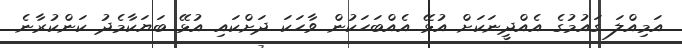
އަމިއްލަ ގައުމުގެ އެއްދީނަކަށް އުޅޭ އެއްބަހަކުން ވާހަކަ ދަށްކައި އުޅޭ ބަޔަކާމެދު ކަންކުރާނެ